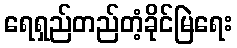
ရေရှည်တည်တံ့ခိုင်မြဲရေး